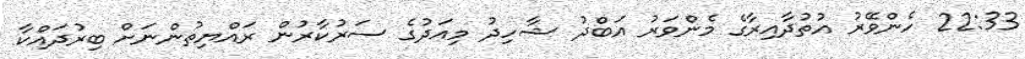
22:33 ހެންވޭރު އުތުދާއިރާގެ މެންވަރު އަބްދު ޝާހިދު މިއަދުގެ ސަރުކާރުން ރައްޔިތުންނަށް ބިރުދައްކާ